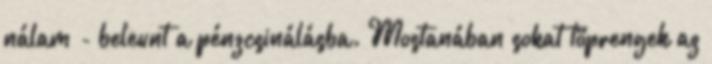
nálam - beleunt a pénzcsinálásba. Mostanában sokat töprengek az